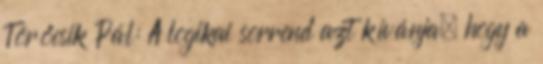
Törőcsik Pál: A logikai sorrend azt kívánja, hogy a